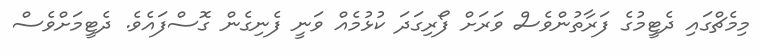
މިމެޗްގައި ދެޓީމުގެ ފަރާތުންވެސް ވަރަށް ފޯރިގަދަ ކުޅުމެއް ވަނީ ފެނިގެން ގޮސްފައެވެ. ދެޓީމަށްވެސް